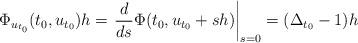
LaTeX: \begin{align*} \Phi_{u_{t_0}} (t_0, u_{t_0}) h = \left. \frac{d}{ds} \Phi(t_0, u_{t_0} + s h) \right|_{s = 0} = (\Delta_{t_0} - 1) h\end{align*}